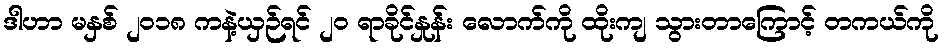
ဒါဟာ မနှစ် ၂၀၁၈ ကနဲ့ယှဉ်ရင် ၂၀ ရာခိုင်နှုန်း လောက်ကို ထိုးကျ သွားတာကြောင့် တကယ်ကို